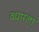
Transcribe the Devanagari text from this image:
वधारला